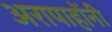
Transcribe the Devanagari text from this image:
अरापाहोंनी